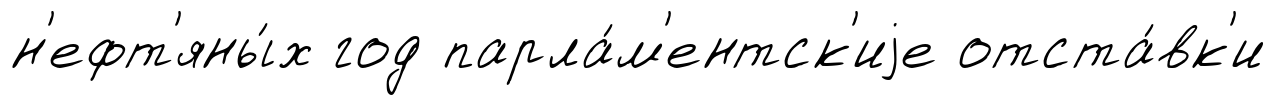
н'ефт'яны́х год парла́м'ентск'иjе отста́вк'и